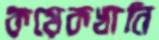
কয়েকখানি